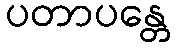
ပတာပန္တေ